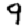
Digit: 9